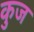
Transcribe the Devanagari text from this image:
कुज